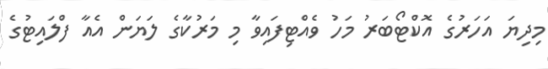
މިދިޔަ އަހަރުގެ އޮކްޓޯބަރު މަހު ވެއްޓިފައިވާ މި މަރުކާގެ ލަޔަން އެއާ ފްލައިޓުގެ